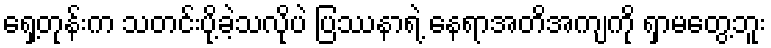
ရှေ့တုန်းက သတင်းပို့ခဲ့သလိုပဲ ပြဿနာရဲ့ နေရာအတိအကျကို ရှာမတွေ့ဘူး